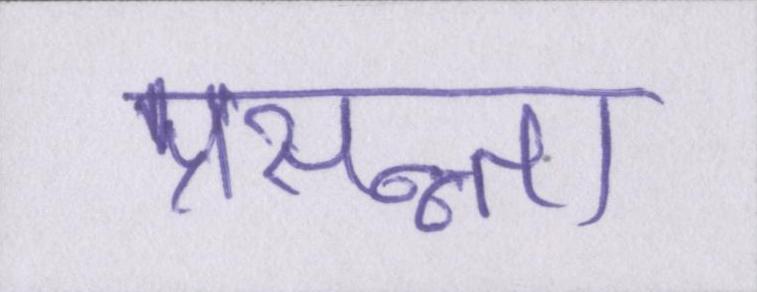
प्रसन्न्ता